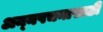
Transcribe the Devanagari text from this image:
अन्‍नपचनासाठी